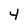
Character: 4